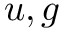
u , g